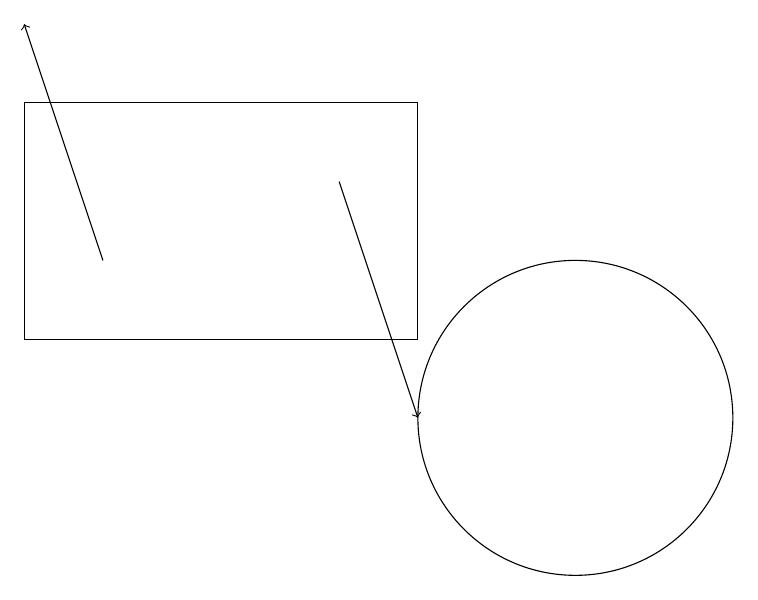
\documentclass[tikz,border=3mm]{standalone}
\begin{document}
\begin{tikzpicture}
\draw[->] (8,14) -- (9,11);
\draw (4,15) rectangle (9,12);
\draw (11,11) circle (2);
\draw[->] (5,13) -- (4,16);
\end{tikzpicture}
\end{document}